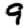
Digit: 9